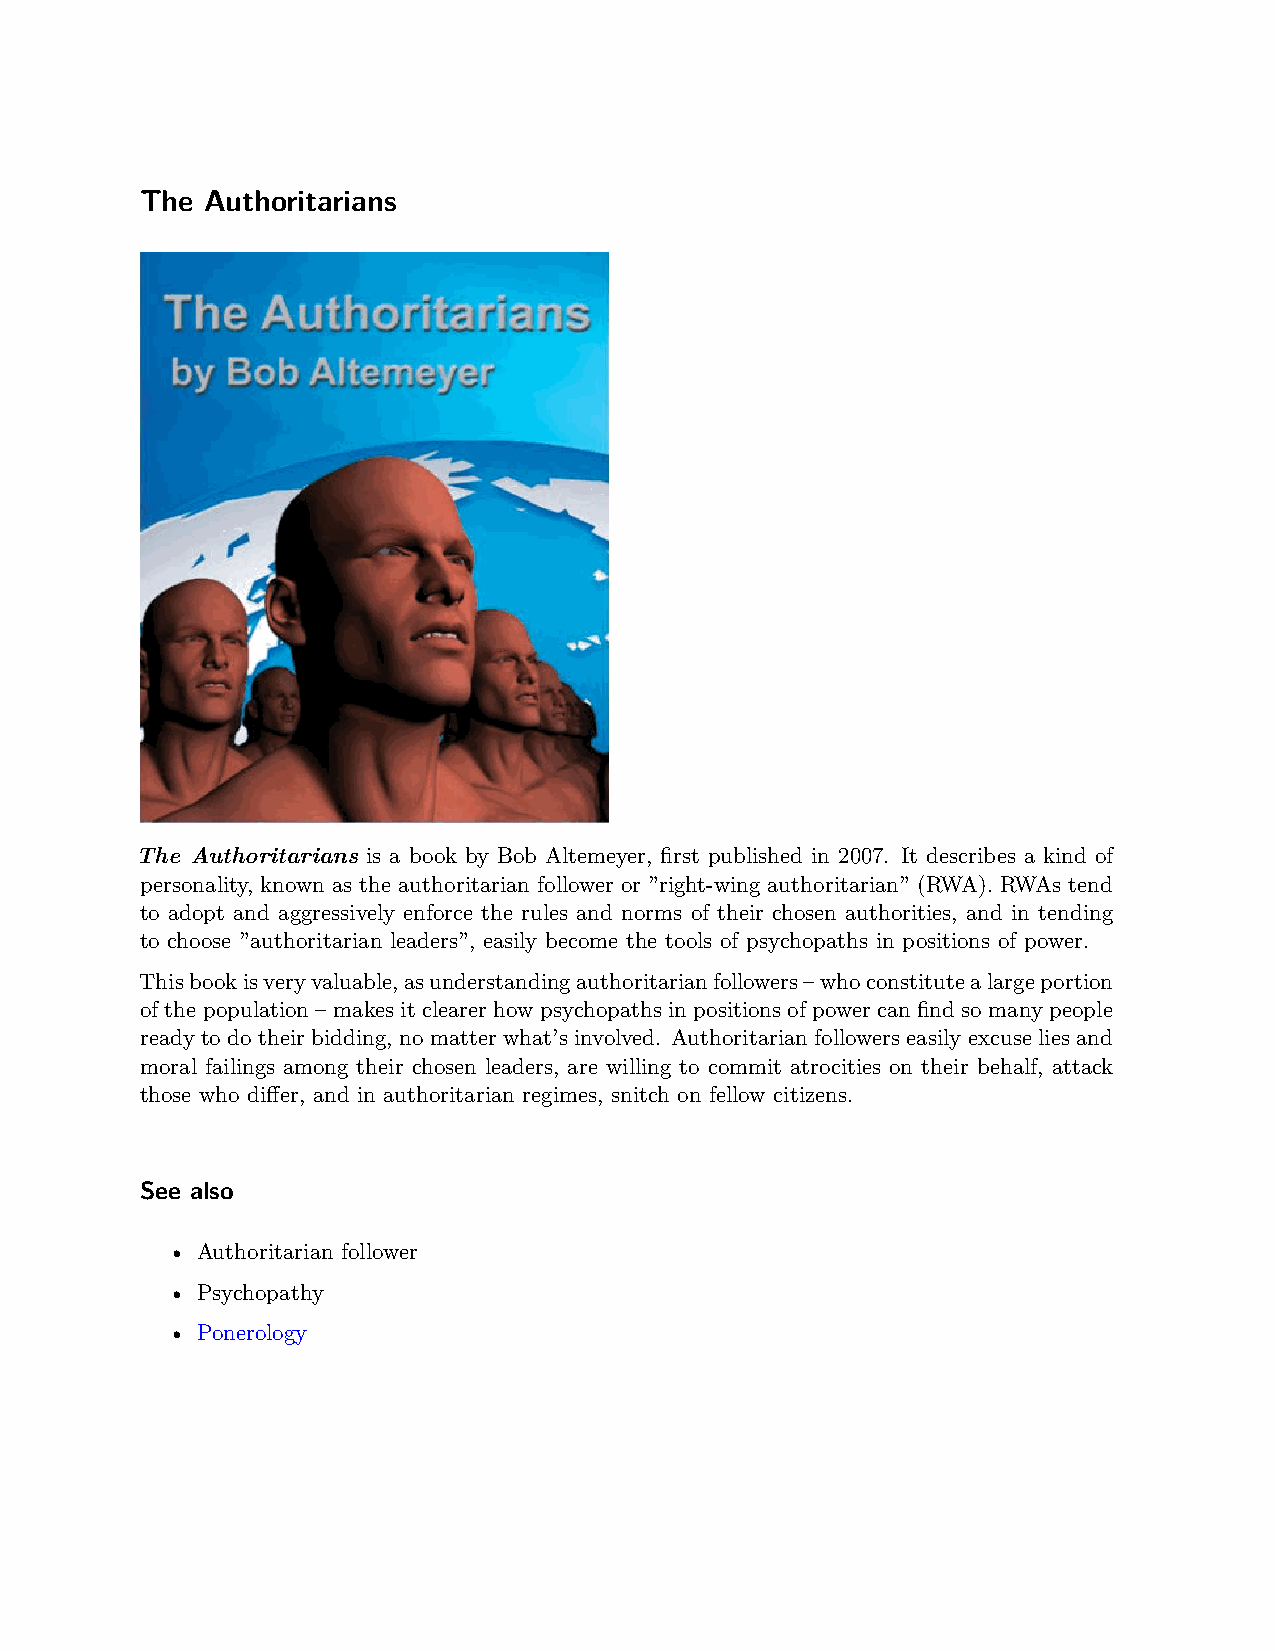
The  Authoritarians
 The Authoritarians is a book by Bob Altemeyer, first published in 2007. It describes a kind of
 personality, known as the authoritarian follower or ”right-wing authoritarian” (RWA). RWAs tend
 to adopt and aggressively enforce the rules and norms of their chosen authorities, and in tending
 to choose ”authoritarian leaders”, easily become the tools of psychopaths in positions of power.
 Thisbookisveryvaluable,asunderstandingauthoritarianfollowers–whoconstitutealargeportion
 of the population – makes it clearer how psychopaths in positions of power can find so many people
 ready to do their bidding, no matter what’s involved. Authoritarian followers easily excuse lies and
 moral failings among their chosen leaders, are willing to commit atrocities on their behalf, attack
 those who differ, and in authoritarian regimes, snitch on fellow citizens.
 See also
 • Authoritarian follower
 • Psychopathy
 • Ponerology